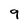
Character: 9